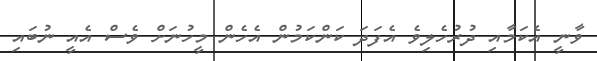
ވާނީ އެކަމާއި ދުރުހެލިވެ އެފަދަ ކަންކަމުން އެހެން މީހުނަށް ވެސް އެއީ ނުބައި